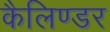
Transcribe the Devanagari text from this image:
कैलिण्डर